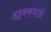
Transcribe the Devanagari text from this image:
अट्टककथाओं